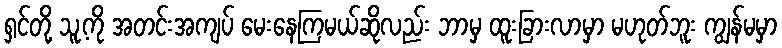
ရှင်တို့ သူ့ကို အတင်းအကျပ် မေးနေကြမယ်ဆိုလည်း ဘာမှ ထူးခြားလာမှာ မဟုတ်ဘူး ကျွန်မမှာ